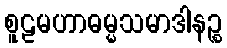
စူဠမဟာဓမ္မသမာဒါနဉ္စ